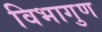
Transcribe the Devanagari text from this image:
विभागुण